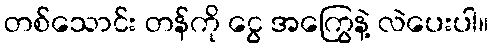
တစ်သောင်း တန်ကို ငွေ အကြွေနဲ့ လဲပေးပါ။